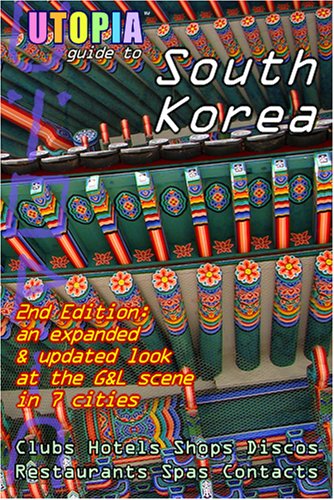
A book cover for Utopia Guide to South Korea (2nd Edition): The Gay and Lesbian Scene in 7 Cities Including Seoul, Pusan, Taegu and Taejon; John Goss; Travel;